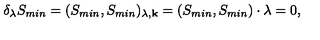
\delta _ { \lambda } S _ { m i n } = ( S _ { m i n } , S _ { m i n } ) _ { \lambda , { \bf k } } = ( S _ { m i n } , S _ { m i n } ) \cdot \lambda = 0 ,